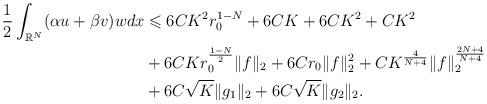
LaTeX: \begin{align*}\begin{aligned} \frac{1}{2}\int_{\mathbb{R}^{N}}(\alpha u +\beta v)w dx & \leqslant 6CK^{2}r_{0}^{1-N}+6CK+6CK^{2}+CK^{2}\\ & +6CKr_{0}^{\frac{1-N}{2}}\Vert f \Vert_{2}+6Cr_{0}\Vert f \Vert_{2}^{2}+CK^{\frac{4}{N+4}}\Vert f \Vert_{2}^{\frac{2N+4}{N+4}} \\ & + 6C\sqrt{K}\Vert g_{1} \Vert_{2} +6C\sqrt{K}\Vert g_{2} \Vert_{2}.\end{aligned}\end{align*}